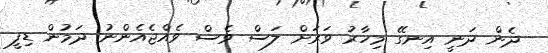
ދެން ދަނީ އިނގޭ މިހާރު ވަރަށް ލަސް ވެސް ވެއްޖެއެންނު ދަމުން ޑިފީ